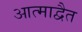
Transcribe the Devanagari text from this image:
आत्माद्वैत